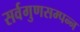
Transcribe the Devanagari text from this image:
सर्वगुणसम्पन्न